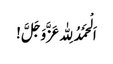
اَ لْحَمْدُ لِلّٰہ عَزَّوَجَلَّ !